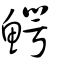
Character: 鰐